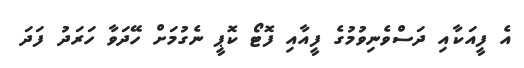
އެ ފީއަކާއި ދަސްވެނިވުމުގެ ފީއާއި ފޮޓޯ ކޮޕީ ނެގުމަށް ހޭދަވާ ހަރަދު ފަދަ